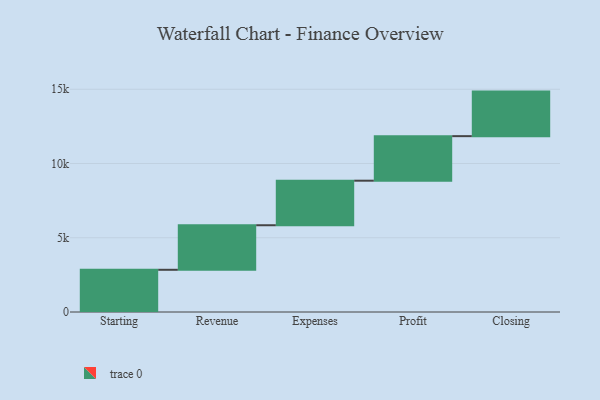
{"axis": {"x": "Step", "y": "Value"}, "legend": [""], "data": [{"x": "Starting", "y": 2843.0, "type": ""}, {"x": "Revenue", "y": 3000, "type": ""}, {"x": "Expenses", "y": 3000, "type": ""}, {"x": "Profit", "y": 3000, "type": ""}, {"x": "Closing", "y": 3000, "type": ""}]}